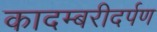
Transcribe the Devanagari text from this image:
कादम्बरीदर्पण